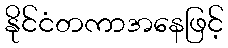
နိုင်ငံတကာအနေဖြင့်